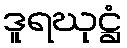
ဒူရဃုဋ္ဌံ